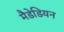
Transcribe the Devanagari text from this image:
मैडेडियन